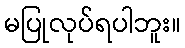
မပြုလုပ်ရပါဘူး။